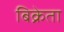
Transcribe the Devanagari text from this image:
बिक्रेता